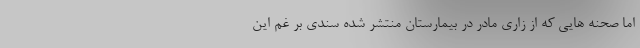
اما صحنه هایی که از زاری مادر در بیمارستان منتشر شده سندی بر غم این